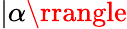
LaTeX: |\alpha\rrangle